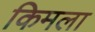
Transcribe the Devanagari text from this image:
किमला